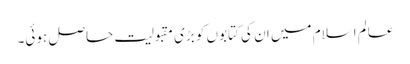
عالم اسلام میں ان کی کتابوں کو بڑی مقبولیت حاصل ہوئی۔